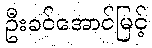
ဦးခင်အောင်မြင့်